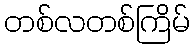
တစ်လတစ်ကြိမ်